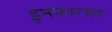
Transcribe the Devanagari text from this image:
इनफारमर